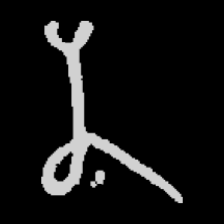
Pyu character \u2014 Myanmar letter: န (romanized: na)